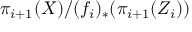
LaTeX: \pi _ { i + 1 } ( X ) / ( f _ { i } ) _ { * } ( \pi _ { i + 1 } ( Z _ { i } ) )